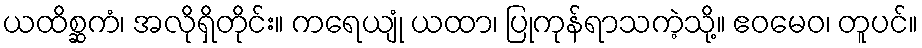
ယထိစ္ဆကံ၊ အလိုရှိတိုင်း။ ကရေယျုံ ယထာ၊ ပြုကုန်ရာသကဲ့သို့။ ဧဝမေဝ၊ တူပင်။